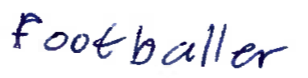
Text: footballer
Cross-out: clean
Writing tool: ballpoint